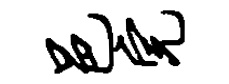
邑完